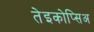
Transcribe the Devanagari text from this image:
तेइकोप्सिअ